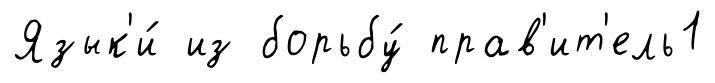
Язык'и́ из борьбу́ прав'ит'ель1